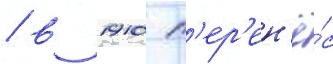
/ в 1910 п'ер'ен'ё́с